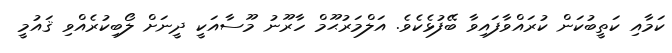
ކަމާއި ކަތީބުކަން ކުރައްވާފައިވާ ބޭފުޅެކެވެ. އަލްމަރުޙޫމް ހާރޫނު މޫސާއަކީ ދީނަށް ލޯބިކުރެއްވި ޤައުމީ